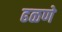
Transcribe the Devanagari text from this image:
ढळणे